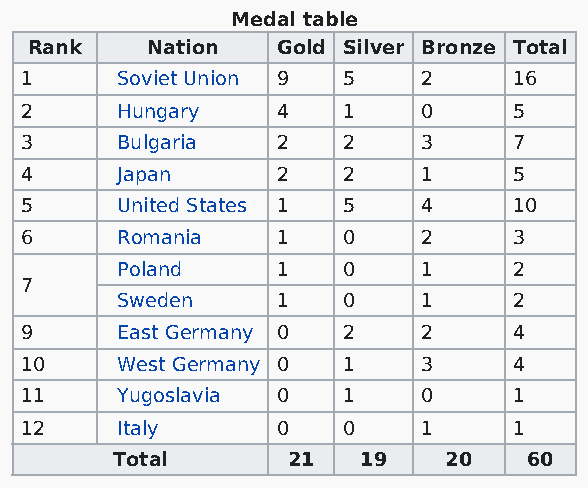
Medal table
 Rank    Nation  Gold Silver Bronze Total
 1      Soviet Union 9 5    2     16
 2      Hungary   4    1    0     5
 3      Bulgaria  2    2    3     7
 4      Japan     2    2    1     5
 5      United States 1 5   4     10
 6      Romania   1    0    2     3
 Poland    1    0    1     2
 7
 Sweden    1    0    1     2
 9      East Germany 0 2    2     4
 10     West Germany 0 1    3     4
 11     Yugoslavia 0   1    0     1
 12     Italy     0    0    1     1
 Total       21   19   20    60